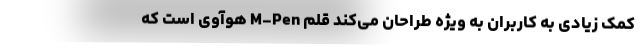
کمک زیادی به کاربران به ویژه طراحان می‌کند قلم M-Pen هوآوی است که